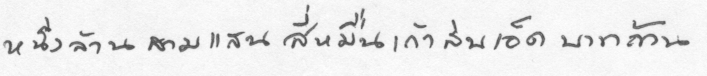
หนึ่งล้านสามแสนสี่หมื่นเก้าสิบเอ็ดบาทถ้วน